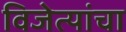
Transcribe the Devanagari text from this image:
विजेत्यांचा